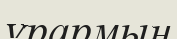
ұрармын